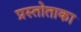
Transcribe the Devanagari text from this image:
प्रस्तोताका